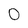
Character: 0